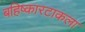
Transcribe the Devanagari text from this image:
बहिष्कारटाकला